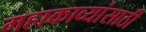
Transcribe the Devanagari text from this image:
महाकाव्यांसाठी